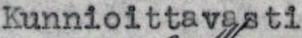
Kunnioittavasti